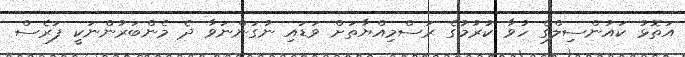
އަތޮޅު ކައުންސިލްގެ ހުވާ ކުރުމުގެ ރަސްމިއްޔާތަށް ވަޑައި ނުގަންނަވާ ދެ މެންބަރުންނަކީ ފަރެސް